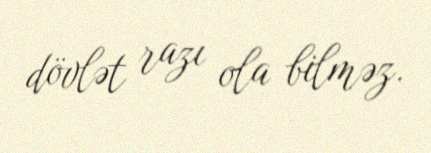
dövlət razı ola bilməz.